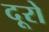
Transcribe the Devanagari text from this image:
दूरो